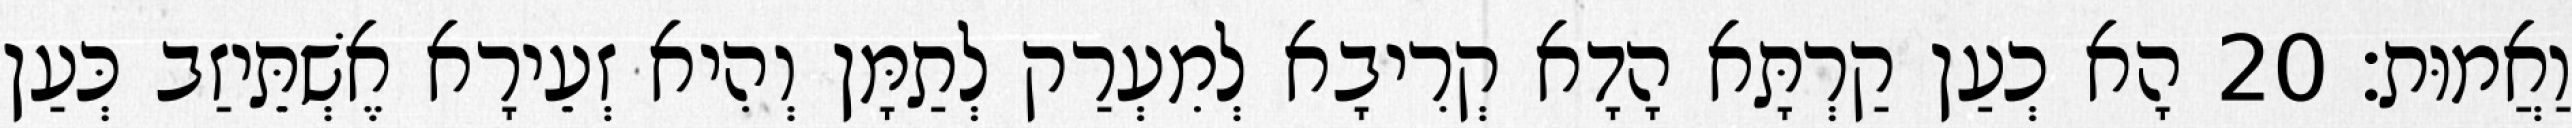
וַאֲמוּת׃ 20 הָא כְעַן קַרְתָּא הָדָא קְרִיבָא לְמִעְרַק לְתַמָּן וְהִיא זְעֵירָא אֶשְׁתֵּיזַב כְּעַן